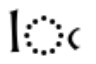
lఁ